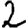
Digit: 2